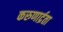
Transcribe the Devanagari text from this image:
करुणार्द्रता